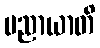
ပညာယာတိ